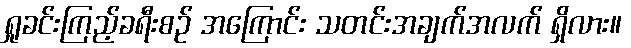
ရှုခင်းကြည့်ခရီးစဉ် အကြောင်း သတင်းအချက်အလက် ရှိလား။